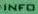
INFO